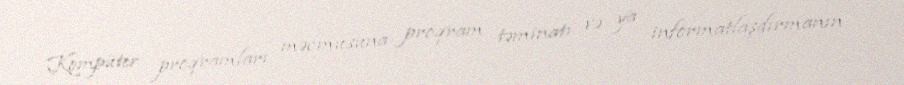
Kompüter proqramları məcmusuna proqram təminatı və ya informatlaşdırmanın